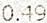
0.49